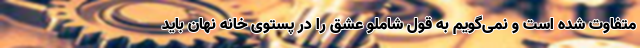
متفاوت شده است و نمی‌گویم به قول شاملو عشق را در پستوی خانه نهان باید